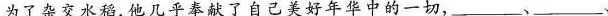
为了杂交水稻，他几乎奉献了自己美好年华中的一切，___、___、